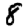
Digit: 8